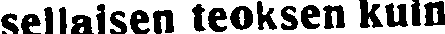
sellaisen teoksen kuin